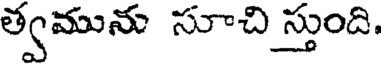
త్వమును సూచి స్తుంది.